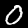
Label: 0